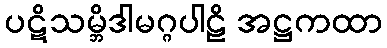
ပဋိသမ္ဘိဒါမဂ္ဂပါဠိ အဋ္ဌကထာ